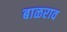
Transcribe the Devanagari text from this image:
बाळराव